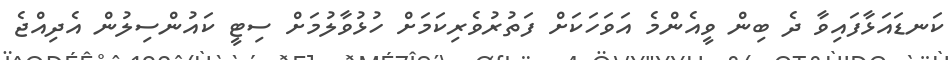
ކަނޑައަޅާފައިވާ ދެ ބިން ވީއެންމެ އަވަހަކަށް ފަތުރުވެރިކަމަށް ހުޅުވާލުމަށް ސިޓީ ކައުންސިލުން އެދިއްޖެ